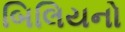
બિલિયનો